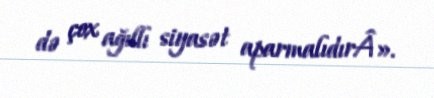
də çox ağıllı siyasət aparmalıdırÂ».